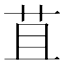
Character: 苴